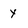
Character: y